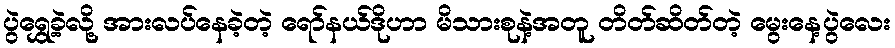
ပွဲရွှေ့ခဲ့လို့ အားလပ်နေခဲ့တဲ့ ရော်နယ်ဒိုဟာ မိသားစုနဲ့အတူ တိတ်ဆိတ်တဲ့ မွေးနေ့ပွဲလေး